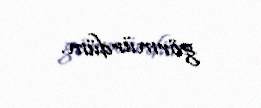
görmürdüm.